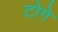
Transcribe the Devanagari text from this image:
टोगे